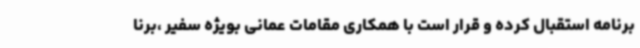
برنامه استقبال کرده و قرار است با همکاری مقامات عمانی بویژه سفیر ،برنا